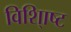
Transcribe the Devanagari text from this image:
विशि्ाष्ट